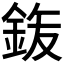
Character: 𮡴